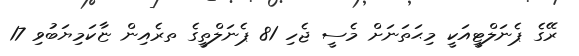
ރޭގެ ޕެނަލްޓީއަކީ މިޙަތަނަށް މެސީ ޖެހި 81 ޕެނަލްތީގެ ތރެއިން ޏާކަމިޔަބުވި 17